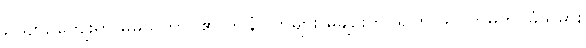
ဥယျာဉ်ကျေးရွာ မိမိသဘာဝ၏ ဤနံပါတ်များ မချဉ်းကပ်ရကြ ဖူလ်ဟမ်ကို ခြံသမား